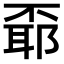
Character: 𠁌